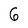
Character: 6